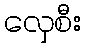
လှေစီး